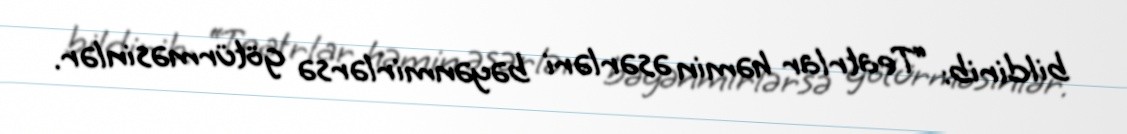
bildirib: “Teatrlar həmin əsərləri bəyənmirlərsə götürməsinlər.